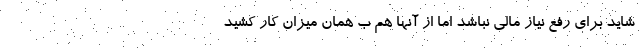
شاید برای رفع نیاز مالی نباشد اما از آنها هم ب همان میزان کار کشید